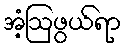
အံ့ဩဖွယ်ရာ